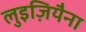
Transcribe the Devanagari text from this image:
लुइज़ियैना